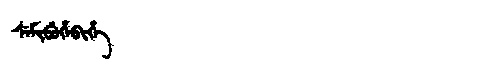
Manchu: ᠰᡝᠮᡳᠪᡠᡥᡝᠪᡳᡥᡝ
Romanization: SEMIBUHEBIHE